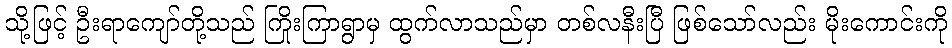
သို့ဖြင့် ဦးရာကျော်တို့သည် ကြိုးကြာရွာမှ ထွက်လာသည်မှာ တစ်လနီးပြီ ဖြစ်သော်လည်း မိုးကောင်းကို